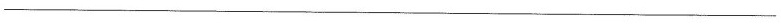
___